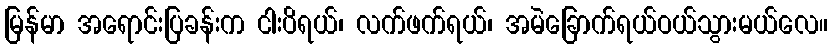
မြန်မာ အရောင်းပြခန်းက ငါးပိရယ်၊ လက်ဖက်ရယ်၊ အမဲခြောက်ရယ်ဝယ်သွားမယ်လေ။